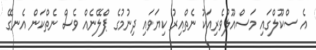
އެ ސްކޫލްގައި މަސްއޫލުވެރިއަކު ނެތްއިރު ކިޔަވައި ދިނުމުގެ ޕްލޭނެއް ވެސް ނެތްކަން އެނގޭ